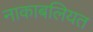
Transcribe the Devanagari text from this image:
नाकाबलियत